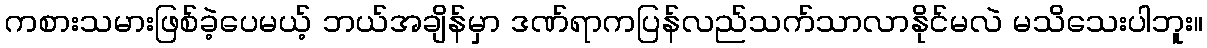
ကစားသမားဖြစ်ခဲ့ပေမယ့် ဘယ်အချိန်မှာ ဒဏ်ရာကပြန်လည်သက်သာလာနိုင်မလဲ မသိသေးပါဘူး။